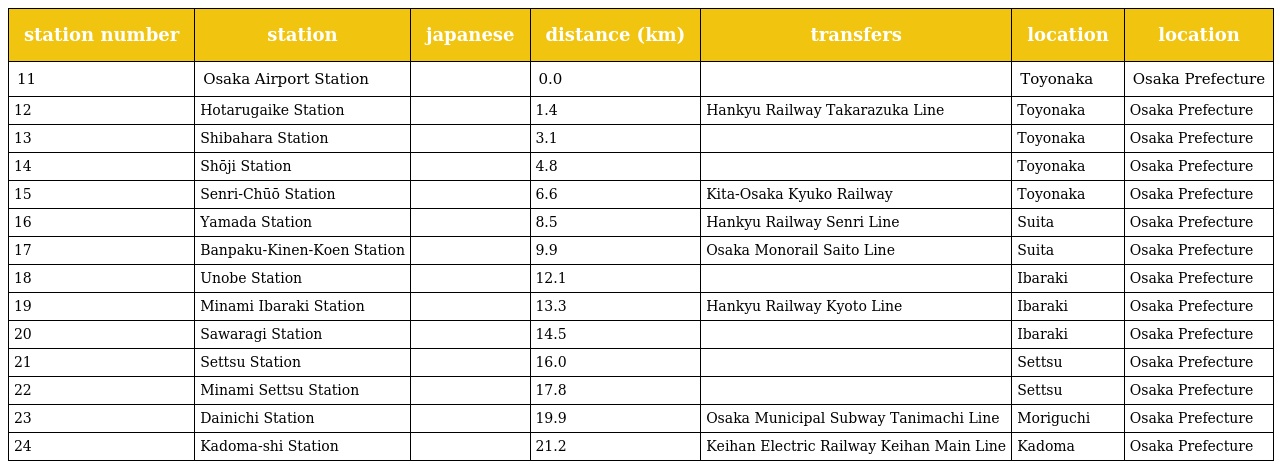
| station number | station | japanese | distance (km) | transfers | location | location |
 | --- | --- | --- | --- | --- | --- | --- |
 | 11 | Osaka Airport Station | 大阪空港駅 | 0.0 |  | Toyonaka | Osaka Prefecture |
 | 12 | Hotarugaike Station | 蛍池駅 | 1.4 | Hankyu Railway Takarazuka Line | Toyonaka | Osaka Prefecture |
 | 13 | Shibahara Station | 柴原駅 | 3.1 |  | Toyonaka | Osaka Prefecture |
 | 14 | Shōji Station | 少路駅 | 4.8 |  | Toyonaka | Osaka Prefecture |
 | 15 | Senri-Chūō Station | 千里中央駅 | 6.6 | Kita-Osaka Kyuko Railway | Toyonaka | Osaka Prefecture |
 | 16 | Yamada Station | 山田駅 | 8.5 | Hankyu Railway Senri Line | Suita | Osaka Prefecture |
 | 17 | Banpaku-Kinen-Koen Station | 万博記念公園駅 | 9.9 | Osaka Monorail Saito Line | Suita | Osaka Prefecture |
 | 18 | Unobe Station | 宇野辺駅 | 12.1 |  | Ibaraki | Osaka Prefecture |
 | 19 | Minami Ibaraki Station | 南茨木駅 | 13.3 | Hankyu Railway Kyoto Line | Ibaraki | Osaka Prefecture |
 | 20 | Sawaragi Station | 沢良宜駅 | 14.5 |  | Ibaraki | Osaka Prefecture |
 | 21 | Settsu Station | 摂津駅 | 16.0 |  | Settsu | Osaka Prefecture |
 | 22 | Minami Settsu Station | 南摂津駅 | 17.8 |  | Settsu | Osaka Prefecture |
 | 23 | Dainichi Station | 大日駅 | 19.9 | Osaka Municipal Subway Tanimachi Line | Moriguchi | Osaka Prefecture |
 | 24 | Kadoma-shi Station | 門真市駅 | 21.2 | Keihan Electric Railway Keihan Main Line | Kadoma | Osaka Prefecture |